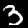
Digit: 3